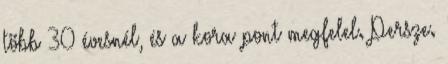
több 30 évesnél, és a kora pont megfelel. Persze.